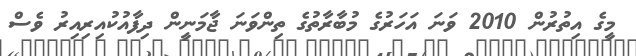
މީގެ އިތުރުން 2010 ވަނަ އަހަރުގެ މުބާރާތުގެ ތިންވަނަ ޖާމަނީން ދިފާއުކުއިރިއިރު ވެސް